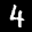
Label: 4